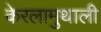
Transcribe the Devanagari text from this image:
केरलामुथाली